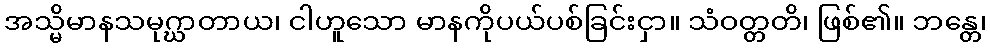
အသ္မိမာနသမုဂ္ဃာတာယ၊ ငါဟူသော မာနကိုပယ်ပစ်ခြင်းငှာ။ သံဝတ္တတိ၊ ဖြစ်၏။ ဘန္တေ၊